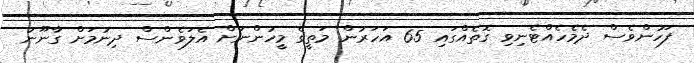
ފަހުންވެސް ދެެމެހެއްޓެނިވި ގޮތެއްގައި 65 އަހަރުން މަތީގެ މީހުންނަށް އެލަވެންސް ދިނުމަށް ގާނޫނު